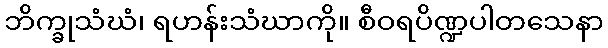
ဘိက္ခုသံဃံ၊ ရဟန်းသံဃာကို။ စီဝရပိဏ္ဍပါတသေနာ